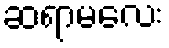
ဆရာမလေး